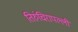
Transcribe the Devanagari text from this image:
तिरुंचिरापल्ली